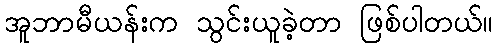
အူဘာမီယန်းက သွင်းယူခဲ့တာ ဖြစ်ပါတယ်။